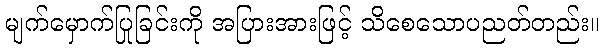
မျက်မှောက်ပြုခြင်းကို အပြားအားဖြင့် သိစေသောပညတ်တည်း။